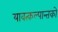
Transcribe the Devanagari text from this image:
यावत्कल्पान्तको